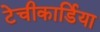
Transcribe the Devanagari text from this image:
टेचीकार्डिया